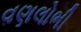
વણલોભી